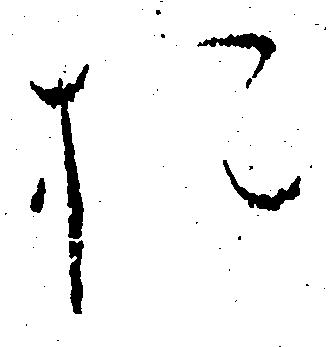
お